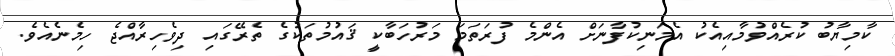
ކާމިޔާބު ކުރެއްވުމާއިއެކު އެމަނިކުފާނަށް އެންމެ ފުރަތަމަ މަރުހަބާކީ ޤައުމުތަކުގެ ތެރޭގައި ދިވެހިރާއްޖެ ހިމެނެއެވެ.